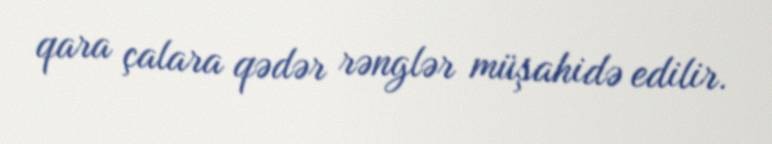
qara çalara qədər rənglər müşahidə edilir.